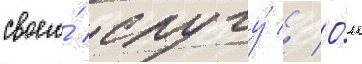
своего́ слугу́ // О́н